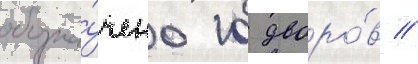
обозна́чено 10 дворо́в //